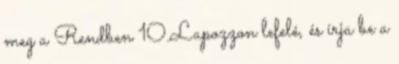
meg a Rendben 10.Lapozzon lefelé, és írja be a